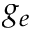
g _ { e }